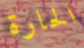
الحارة